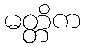
မတ္တိက